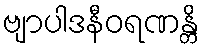
ဗျာပါဒနီဝရဏန္တိ